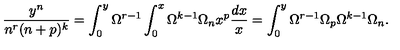
\frac { y ^ { n } } { n ^ { r } ( n + p ) ^ { k } } = \int _ { 0 } ^ { y } \Omega ^ { r - 1 } \int _ { 0 } ^ { x } \Omega ^ { k - 1 } \Omega _ { n } x ^ { p } \frac { d x } { x } = \int _ { 0 } ^ { y } \Omega ^ { r - 1 } \Omega _ { p } \Omega ^ { k - 1 } \Omega _ { n } .